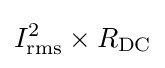
I_{\text{rms}}^{2}\times R_{\text{DC}}